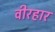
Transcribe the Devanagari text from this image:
वीरहार